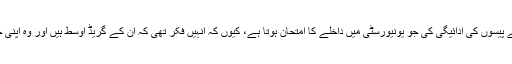
میری ٹرمپ نے دعویٰ کیا کہ ان کے چچا نے ایک دوست کو اپنی جگہ ایس اے ٹی ٹیسٹ دینے کے لیے پیسوں کی ادائیگی کی جو یونیورسٹی میں داخلے کا امتحان ہوتا ہے، کیوں کہ انہیں فکر تھی کہ ان کے گریڈ اوسط ہیں اور وہ اپنی جماعت میں سب سے اوپر سے دور رہیں گے ان کی قابل قبول ہونے کی کوششوں میں رکاوٹ بنیں گے۔